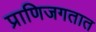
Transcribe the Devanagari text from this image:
प्राणिजगतात